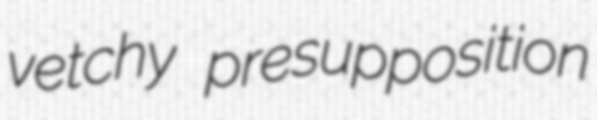
vetchy presupposition